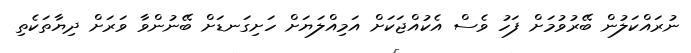
ނުރައްކަލުން ބޭރުވުމަށް ފަހު ވެސް އެކުއްޖަކަށް އަމިއްލަޔަށް ހަށިގަނޑަށް ބޭނުންވާ ވަރަށް ދިޔާތަކެތި